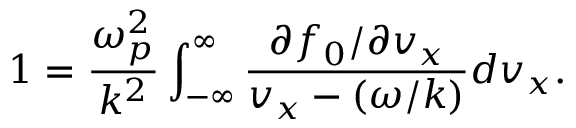
1 = \frac { \omega _ { p } ^ { 2 } } { k ^ { 2 } } \int _ { - \infty } ^ { \infty } \frac { \partial f _ { 0 } / \partial v _ { x } } { v _ { x } - ( \omega / k ) } d v _ { x } .